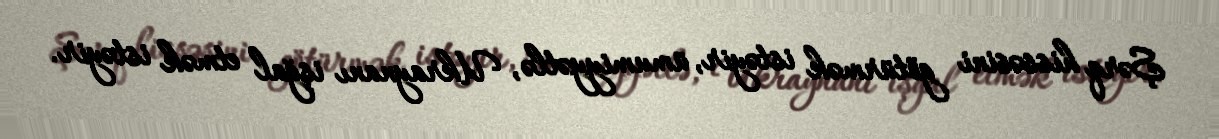
Şərq hissəsini götürmək istəyir, ümumiyyətlə, Ukraynanı işğal etmək istəyir.